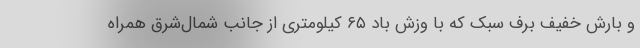
و بارش خفیف برف سبک که با وزش باد ۶۵ کیلومتری از جانب شمال‌شرق همراه